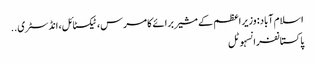
اسلام آباد: وزیر اعظم کے مشیر برائے کامرس، ٹیکسٹائل، انڈسٹری ..
پاکستانفرانسہوٹل